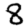
Digit: 8